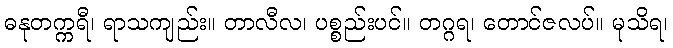
ဓနုတက္ကရီ၊ ရာသကျည်း။ တာလီလ၊ ပစ္စည်းပင်။ တဂ္ဂရ၊ တောင်ဇလပ်။ မုသိရ၊